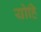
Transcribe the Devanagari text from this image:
योहि